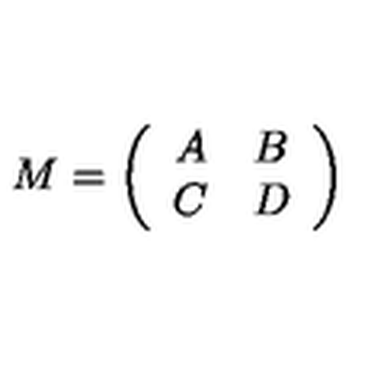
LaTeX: M = \left( \begin{array} { c c } { A } & { B } \\ { C } & { D } \\ \end{array} \right)